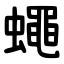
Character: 蠅